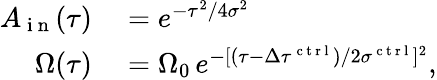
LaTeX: \begin{array}{rl}{A_{\mathrm{~i~n~}}(\tau)}&{{}=e^{-\tau^{2}/4\sigma^{2}}}\\ {\Omega(\tau)}&{{}=\Omega_{0}\, e^{-[(\tau-\Delta\tau^{\mathrm{~c~t~r~l~}})/2\sigma^{\mathrm{~c~t~r~l~}}]^{2}},}\end{array}